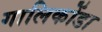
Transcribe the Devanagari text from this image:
गालिकोंडा